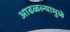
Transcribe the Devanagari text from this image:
आढळल्यामुळे